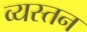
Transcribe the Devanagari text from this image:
व्यस्तन